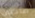
صاحبى